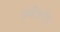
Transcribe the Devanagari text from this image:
अकॅडमीत